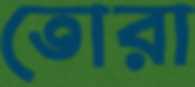
তোরা